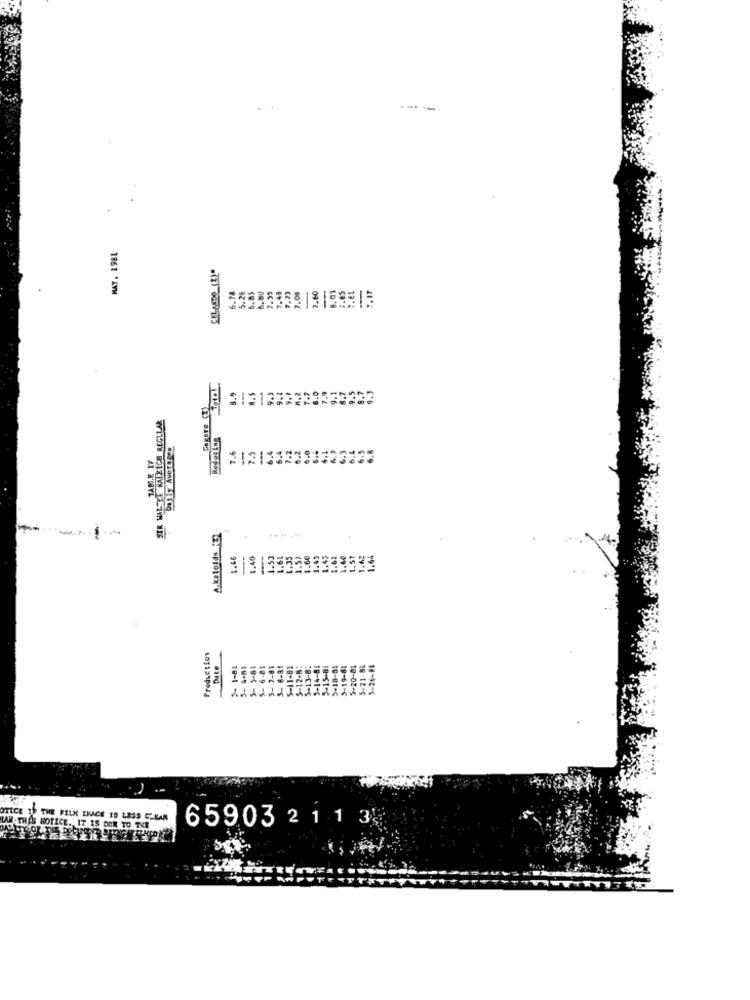
---
MAY. 1981
CELANDO (Z)*
.49
.65
6.78
.26
6.85
1.80
7.95
3.60
8.9
9.5
9.7
7 .7
8.0
7.4
9.1
8.7
9.5
9.2
STR HALSEE RATEICH REGULAR
Daily Averages
7.5
6.4
6.4
7.2
7.6
6.3
A.koloids '3]
1.46
1.40
1.53
.61
.35
.60
1.49
.62
Production
Date
5- 1-81
4-51
6-81
6-81
-8:
4-81
5-15-81
5-18-51
OTICE 19 THE FILM INACE IS LESS CABAR
65903 2 1 1 3
RAN THES WOTICE. IT IS DUE TO THE